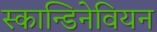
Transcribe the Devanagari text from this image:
स्कान्डिनेवियन